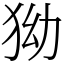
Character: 狕